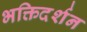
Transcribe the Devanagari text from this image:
भक्तिदर्शन